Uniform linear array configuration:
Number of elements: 4
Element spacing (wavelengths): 0.5
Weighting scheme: kaiser
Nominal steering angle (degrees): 30
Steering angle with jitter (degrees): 30.508
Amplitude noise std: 0.05
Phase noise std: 0.05

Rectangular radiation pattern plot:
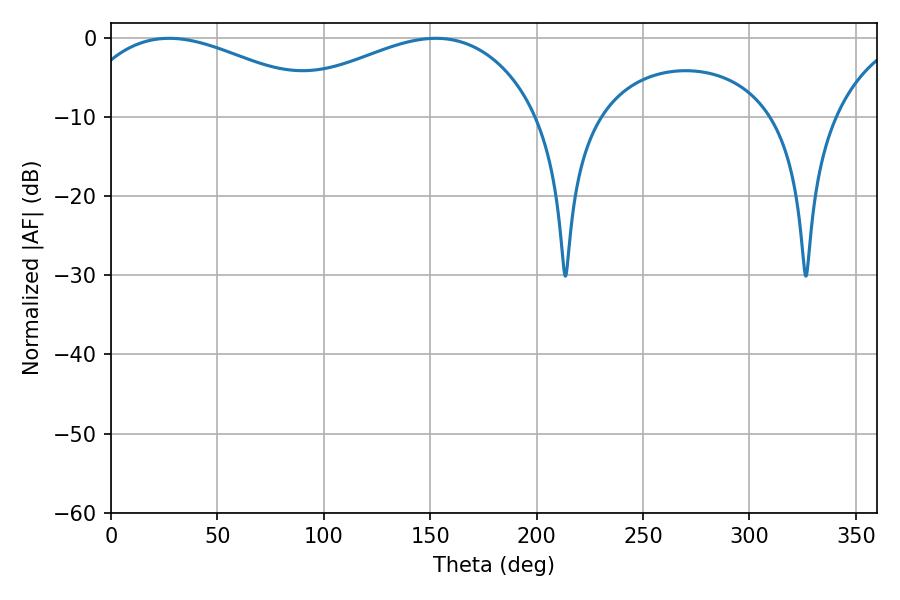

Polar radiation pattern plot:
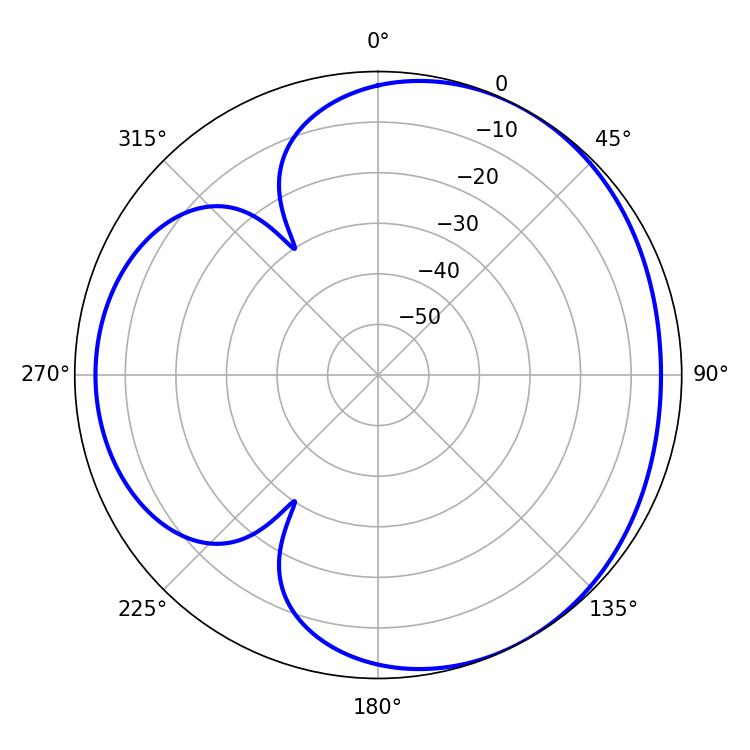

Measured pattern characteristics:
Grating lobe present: FALSE
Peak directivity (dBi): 3.558
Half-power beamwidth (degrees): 68.4
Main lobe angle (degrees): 27.36